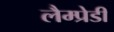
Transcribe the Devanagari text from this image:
लैम्प्रेडी